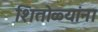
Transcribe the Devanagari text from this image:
शितोळ्यांना